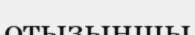
отызыншы